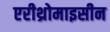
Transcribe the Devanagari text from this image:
एरीथ्रोमाइसीन